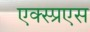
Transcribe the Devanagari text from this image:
एक्स्प्रएस